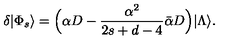
\delta | \Phi _ { s } \rangle = \Bigl ( \alpha D - \frac { \alpha ^ { 2 } } { 2 s + d - 4 } \bar { \alpha } D \Bigr ) | \Lambda \rangle .